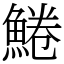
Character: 䱧